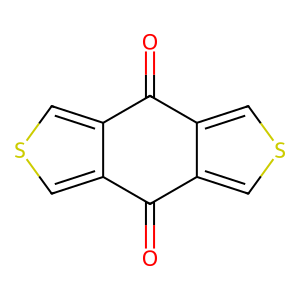
SMILES: O=C1c2cscc2C(=O)c2cscc21
Inhibits HIV replication: No